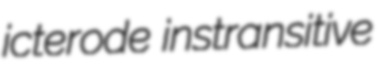
icterode instransitive